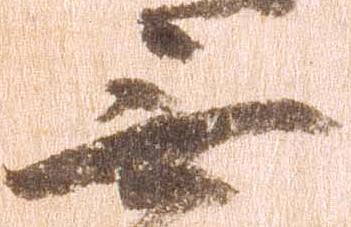
無